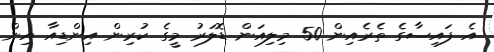
އެ ފައިސާގެ ތެރެއިން 50 މިލިއަން ޑޮލަރު މީގެ ކުރިން އިންޑިއާ އިން